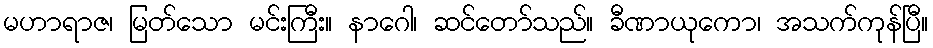
မဟာရာဇ၊ မြတ်သော မင်းကြီး။ နာဂေါ၊ ဆင်တော်သည်။ ခီဏာယုကော၊ အသက်ကုန်ပြီ။